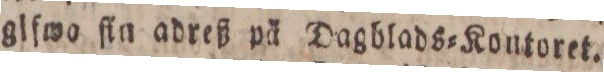
glfwo ſin adreß på Dagblads=Kontoret.